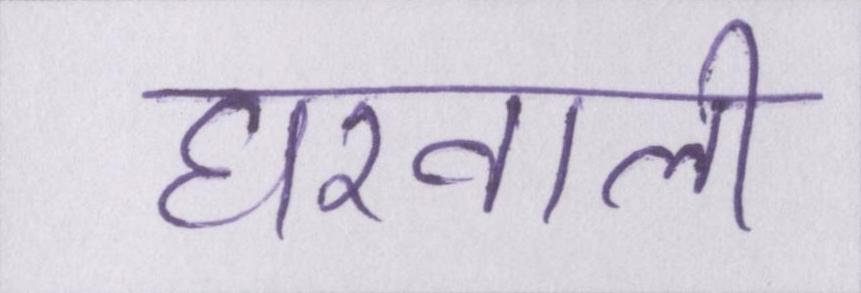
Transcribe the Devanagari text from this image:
घरवाली